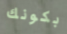
بكونك